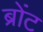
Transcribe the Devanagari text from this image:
ब्रोंट